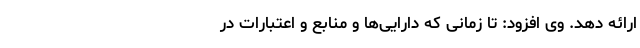
ارائه دهد. وی افزود: تا زمانی که دارایی‌ها و منابع و اعتبارات در